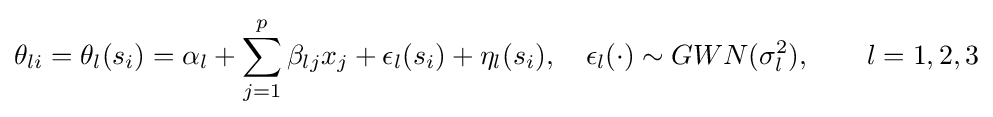
\theta _{li}=\theta _{l}(s_{i})=\alpha _{l}+\sum _{j=1}^{p}\beta _{lj}x_{j}+\epsilon _{l}(s_{i})+\eta _{l}(s_{i}),\quad \epsilon _{l}(\cdot )\sim GWN(\sigma _{l}^{2}),\quad \quad l=1,2,3